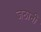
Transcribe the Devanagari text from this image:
जठानी